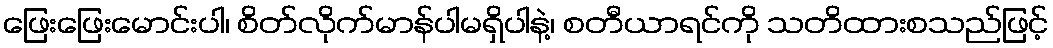
ဖြေးဖြေးမောင်းပါ၊ စိတ်လိုက်မာန်ပါမရှိပါနဲ့၊ စတီယာရင်ကို သတိထားစသည်ဖြင့်